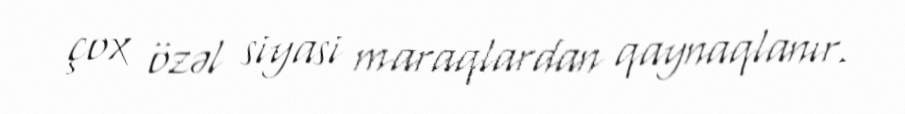
çox özəl siyasi maraqlardan qaynaqlanır.